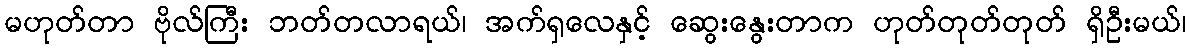
မဟုတ်တာ ဗိုလ်ကြီး ဘတ်တလာရယ်၊ အက်ရှလေနှင့် ဆွေးနွေးတာက ဟုတ်တုတ်တုတ် ရှိဦးမယ်၊